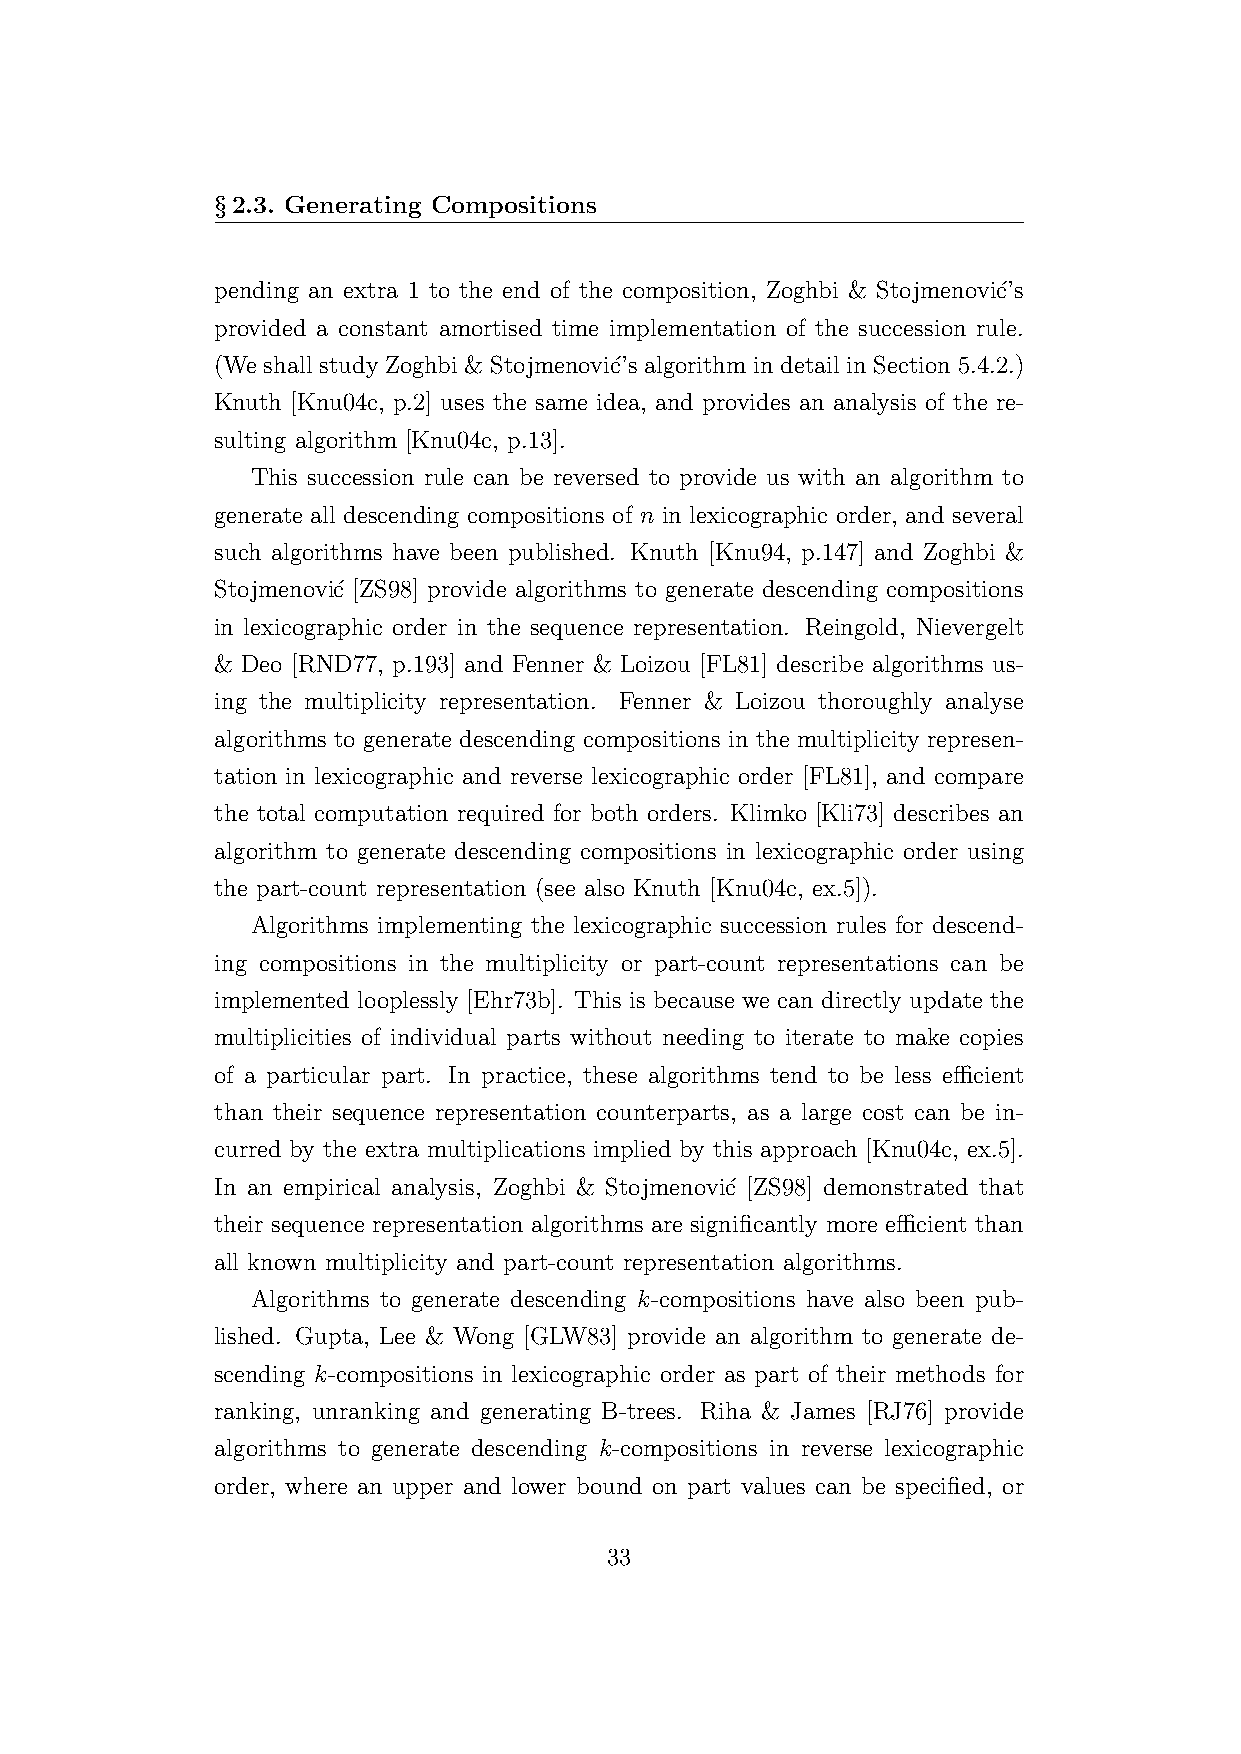
§2.3. Generating Compositions
 pending an extra 1 to the end of the composition, Zoghbi & Stojmenovi´c’s
 provided a constant amortised time implementation of the succession rule.
 (We shall study Zoghbi & Stojmenovi´c’s algorithm in detail in Section 5.4.2.)
 Knuth [Knu04c, p.2] uses the same idea, and provides an analysis of the re-
 sulting algorithm [Knu04c, p.13].
 This succession rule can be reversed to provide us with an algorithm to
 generate all descending compositions of n in lexicographic order, and several
 such algorithms have been published. Knuth [Knu94, p.147] and Zoghbi &
 Stojmenovi´c [ZS98] provide algorithms to generate descending compositions
 in lexicographic order in the sequence representation. Reingold, Nievergelt
 & Deo [RND77, p.193] and Fenner & Loizou [FL81] describe algorithms us-
 ing the multiplicity representation. Fenner & Loizou thoroughly analyse
 algorithms to generate descending compositions in the multiplicity represen-
 tation in lexicographic and reverse lexicographic order [FL81], and compare
 the total computation required for both orders. Klimko [Kli73] describes an
 algorithm to generate descending compositions in lexicographic order using
 the part-count representation (see also Knuth [Knu04c, ex.5]).
 Algorithms implementing the lexicographic succession rules for descend-
 ing compositions in the multiplicity or part-count representations can be
 implemented looplessly [Ehr73b]. This is because we can directly update the
 multiplicities of individual parts without needing to iterate to make copies
 of a particular part. In practice, these algorithms tend to be less efficient
 than their sequence representation counterparts, as a large cost can be in-
 curred by the extra multiplications implied by this approach [Knu04c, ex.5].
 In an empirical analysis, Zoghbi & Stojmenovi´c [ZS98] demonstrated that
 their sequence representation algorithms are significantly more efficient than
 all known multiplicity and part-count representation algorithms.
 Algorithms to generate descending k-compositions have also been pub-
 lished. Gupta, Lee & Wong [GLW83] provide an algorithm to generate de-
 scending k-compositions in lexicographic order as part of their methods for
 ranking, unranking and generating B-trees. Riha & James [RJ76] provide
 algorithms to generate descending k-compositions in reverse lexicographic
 order, where an upper and lower bound on part values can be specified, or
 33